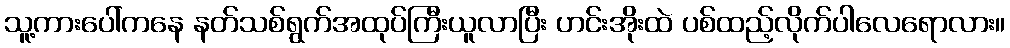
သူ့ကားပေါ်ကနေ နတ်သစ်ရွက်အထုပ်ကြီးယူလာပြီး ဟင်းအိုးထဲ ပစ်ထည့်လိုက်ပါလေရောလား။